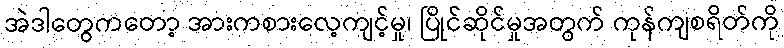
အဲဒါတွေကတော့ အားကစားလေ့ကျင့်မှု၊ ပြိုင်ဆိုင်မှုအတွက် ကုန်ကျစရိတ်ကို